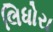
લિધોરા